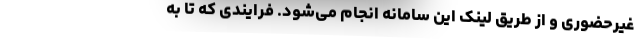
غیرحضوری و از طریق لینک این سامانه انجام می‌شود. فرایندی که تا به